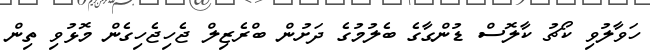
ހަވާލުވި ކޯޗު ކާލޮސް ޑުންގާގެ ބެލުމުގެ ދަށުން ބްރެޒިލް ޖެހިޖެހިގެން މޮޅުވި ތިން